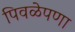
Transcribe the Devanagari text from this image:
पिवळेपणा